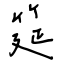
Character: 筵